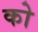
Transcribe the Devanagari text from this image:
को